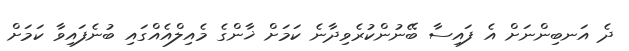
ދެ އަނބިންނަށް އެ ފައިސާ ބޭނުންކުރެވިދާނެ ކަމަށް ޚާންގެ މެއިލްއެއްގައި ބުނެފައިވާ ކަމަށް